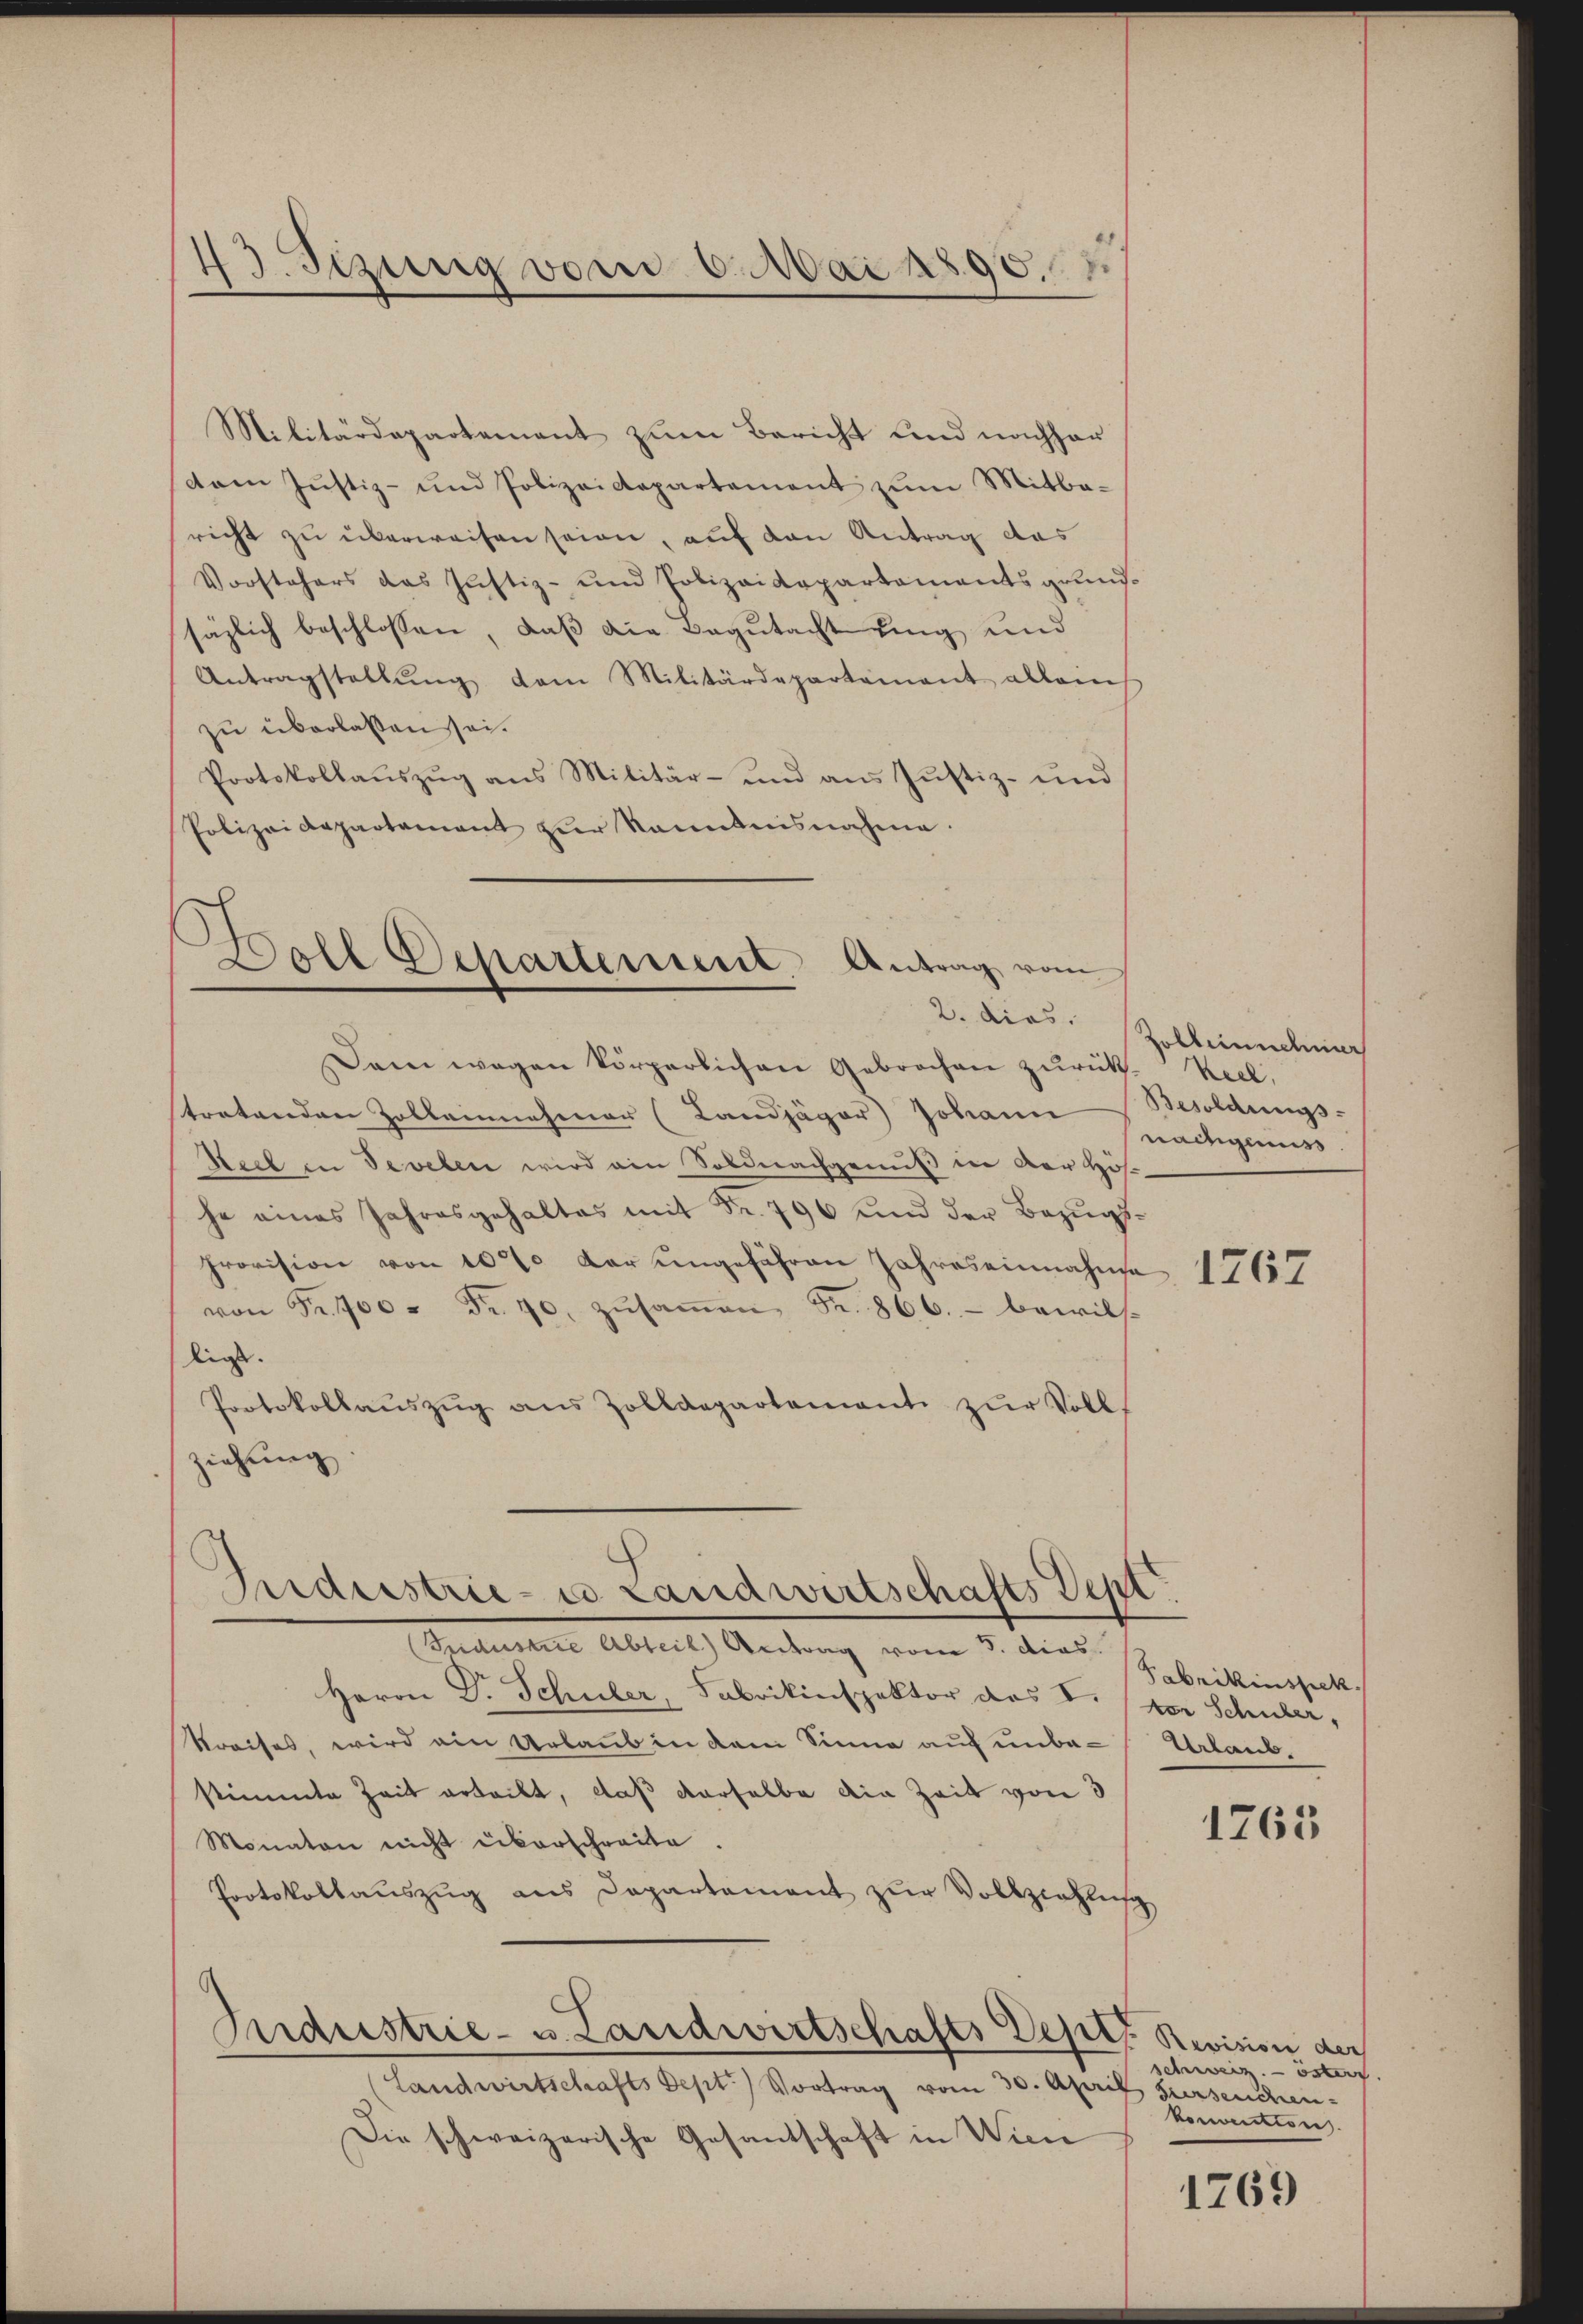
43. Sizung vom 6. Mai 1890.

Militärdepartement zum Bericht und nachher
cam Justiz- und Polizeidepartement zum Mitbericht zu überweisen seien, auf den Antrag das
Vorstehers das Justiz- und Polizeidepartamentsgrundsäzlich beschlossen, daß die Begutacht ging und
Antragstellŭng dem Militärdepartement allein
zu überlassen sei.
Protokollauszug aus Militär- und aus Justiz- und
Polizeidepartement zŭr Kenntnisnahme.

Boll Departement. Antrag vom

Dan wegen körperlichen Gebrochen zurück. Keel.
tratenden Zolleinehmer (Landjäger Johann Besoldungs-
Keel in Deveben wird ain Soldnachgenuß in der Hös
he eines Jahresgehaltes mit Fr. 796 und der Bezugs¬
Provision von 10% der ungeführen Jahres einnahme
von Fr. 700 Fr. 70. zŭsaṁen Fr. 866.- bewils-
lig.
Protokollaŭszŭg ans Zolldepartementi zŭr Voll-
ziehung

Industrie- u Landwirtschafts Sept.

2. dies. Zollennehmer
nachgenuss

Trideste Abteil) Antrag vom 3. dies
Herrn Dr. Schüler, Fabrikinspektor das V. der Schuler,
Kreises, wird ein Urlaub in dem Sinne auf unbestimmte Zeit erteilt, daß derselbe die Zeit von 3
Monaten nicht überschreite.
Protokollauszug aus Departement zŭr Vollziehlung
Industrie- u. Landwirtschafts Depes Revision der
Landwirtschafts Sept.) Vortrag vom 30. April Surseuchen¬
Die schweizerische Gesantschaft in Wiene

1767

Fabrikinspek
Urlaub

1763

schweiz östert
Vorention.

1769